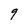
Character: 9